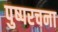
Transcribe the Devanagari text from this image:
पुष्परचना